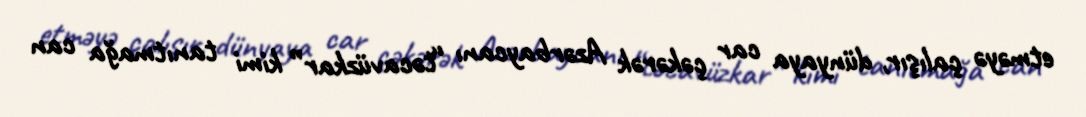
etməyə çalışır, dünyaya car çəkərək Azərbaycanı “təcavüzkar” kimi tanıtmağa can